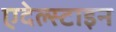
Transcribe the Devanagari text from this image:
एदेल्स्टाइन